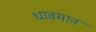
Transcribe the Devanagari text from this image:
धावमान